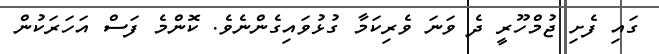
ގައި ފެށި ޖުމްހޫރީ ދެ ވަނަ ވެރިކަމާ ގުޅުވައިގެންނެވެ. ކޮންމެ ފަސް އަހަރަކުން